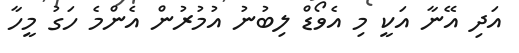
އަދި އޭނާ އަކީ މި އެވޯޑް ލިބުނު އުމުރުން އެންމެ ހަގު މީހާ